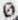
0